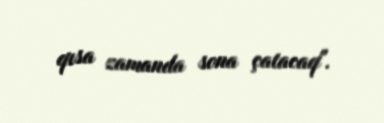
qısa zamanda sona çatacaq".